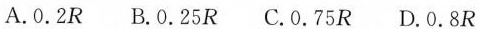
A.0.2R B.0.25R C.0.75R D.0.8R